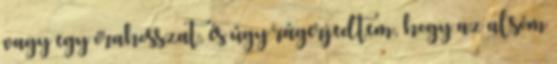
vagy egy órahosszat, és úgy rágerjedtem, hogy az alsóm